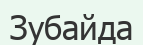
Зубайда